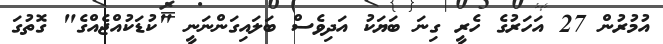
އުމުރުން 27 އަހަރުގެ ހެރީ ގިނަ ބަޔަކު އަދިވެސް ބަލައިގަންނަނީ "ކުޑަކުއްޖެއްގެ" ގޮތުގަ